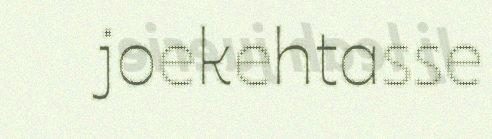
joekehtasse